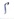
Text: S